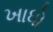
ખાધો